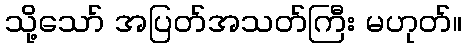
သို့သော် အပြတ်အသတ်ကြီး မဟုတ်။